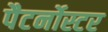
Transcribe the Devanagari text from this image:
पैटर्नोस्टर